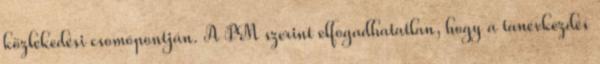
közlekedési csomópontján. A PM szerint elfogadhatatlan, hogy a tanévkezdés